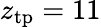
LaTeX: z_{\mathrm{tp}}=11